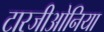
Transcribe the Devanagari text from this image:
टारजीओनिया